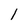
Character: l